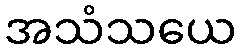
အသံသယေ